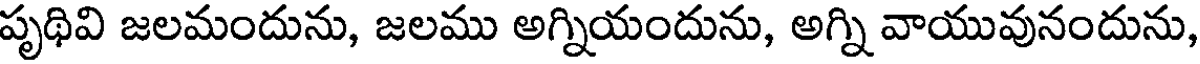
పృథివి జలమందును, జలము అగ్నియందును, అగ్ని వాయువునందును,